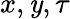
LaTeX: x,\mathit{y},\tau